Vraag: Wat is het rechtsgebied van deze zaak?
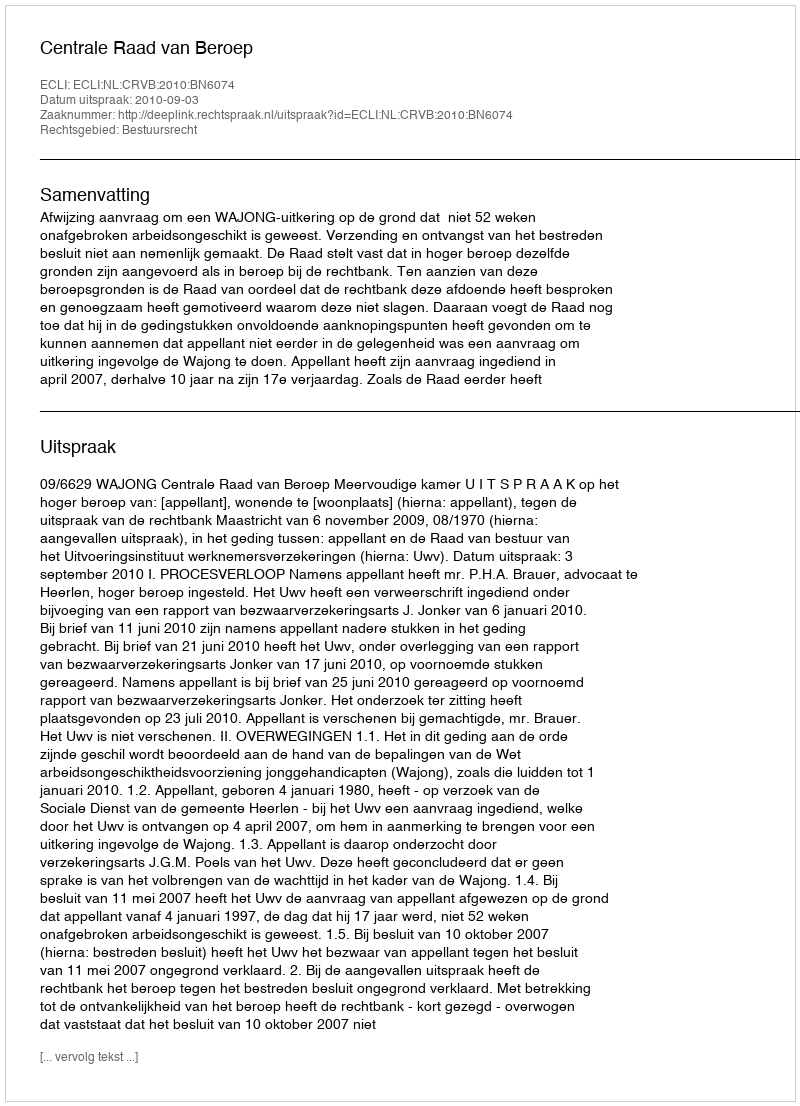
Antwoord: Bestuursrecht